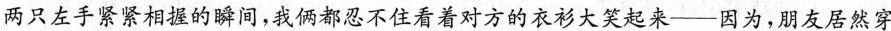
两只左手紧紧相握的瞬间，我俩都忍不住看着对方的衣衫大笑起来—因为，朋友居然穿